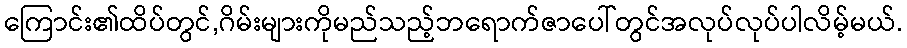
ကြောင်း၏ထိပ်တွင်,ဂိမ်းများကိုမည်သည့်ဘရောက်ဇာပေါ်တွင်အလုပ်လုပ်ပါလိမ့်မယ်.